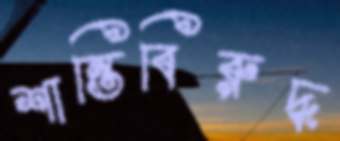
শান্তিবিরুদ্ধ